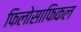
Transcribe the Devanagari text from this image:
फिलोसाफिकल